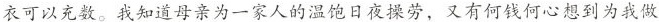
衣可以充数。我知道母亲为一家人的温饱日夜操劳，又有何钱何心想到为我做